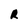
Character: R